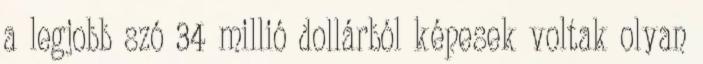
a legjobb szó 34 millió dollárból képesek voltak olyan